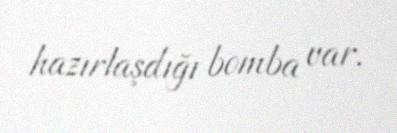
hazırlaşdığı bomba var.